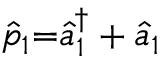
\hat { p } _ { 1 } { = } \hat { a } _ { 1 } ^ { \dagger } + \hat { a } _ { 1 }